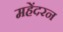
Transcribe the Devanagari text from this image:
महेंदरन